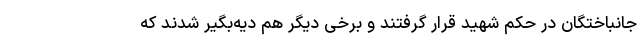
جانباختگان در حکم شهید قرار گرفتند و برخی دیگر هم دیه‌بگیر شدند که